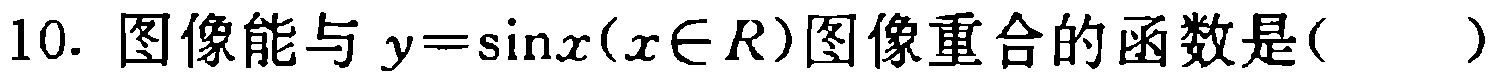
10. 图像能与 \(y = \sin x(x\in R)\)图像重合的函数是(  )